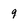
Character: 9